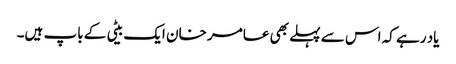
یاد رہے کہ اس سے پہلے بھی عامر خان ایک بیٹی کے باپ ہیں۔